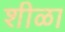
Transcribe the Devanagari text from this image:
शीळा